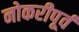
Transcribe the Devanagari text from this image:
नोकरीपूर्व